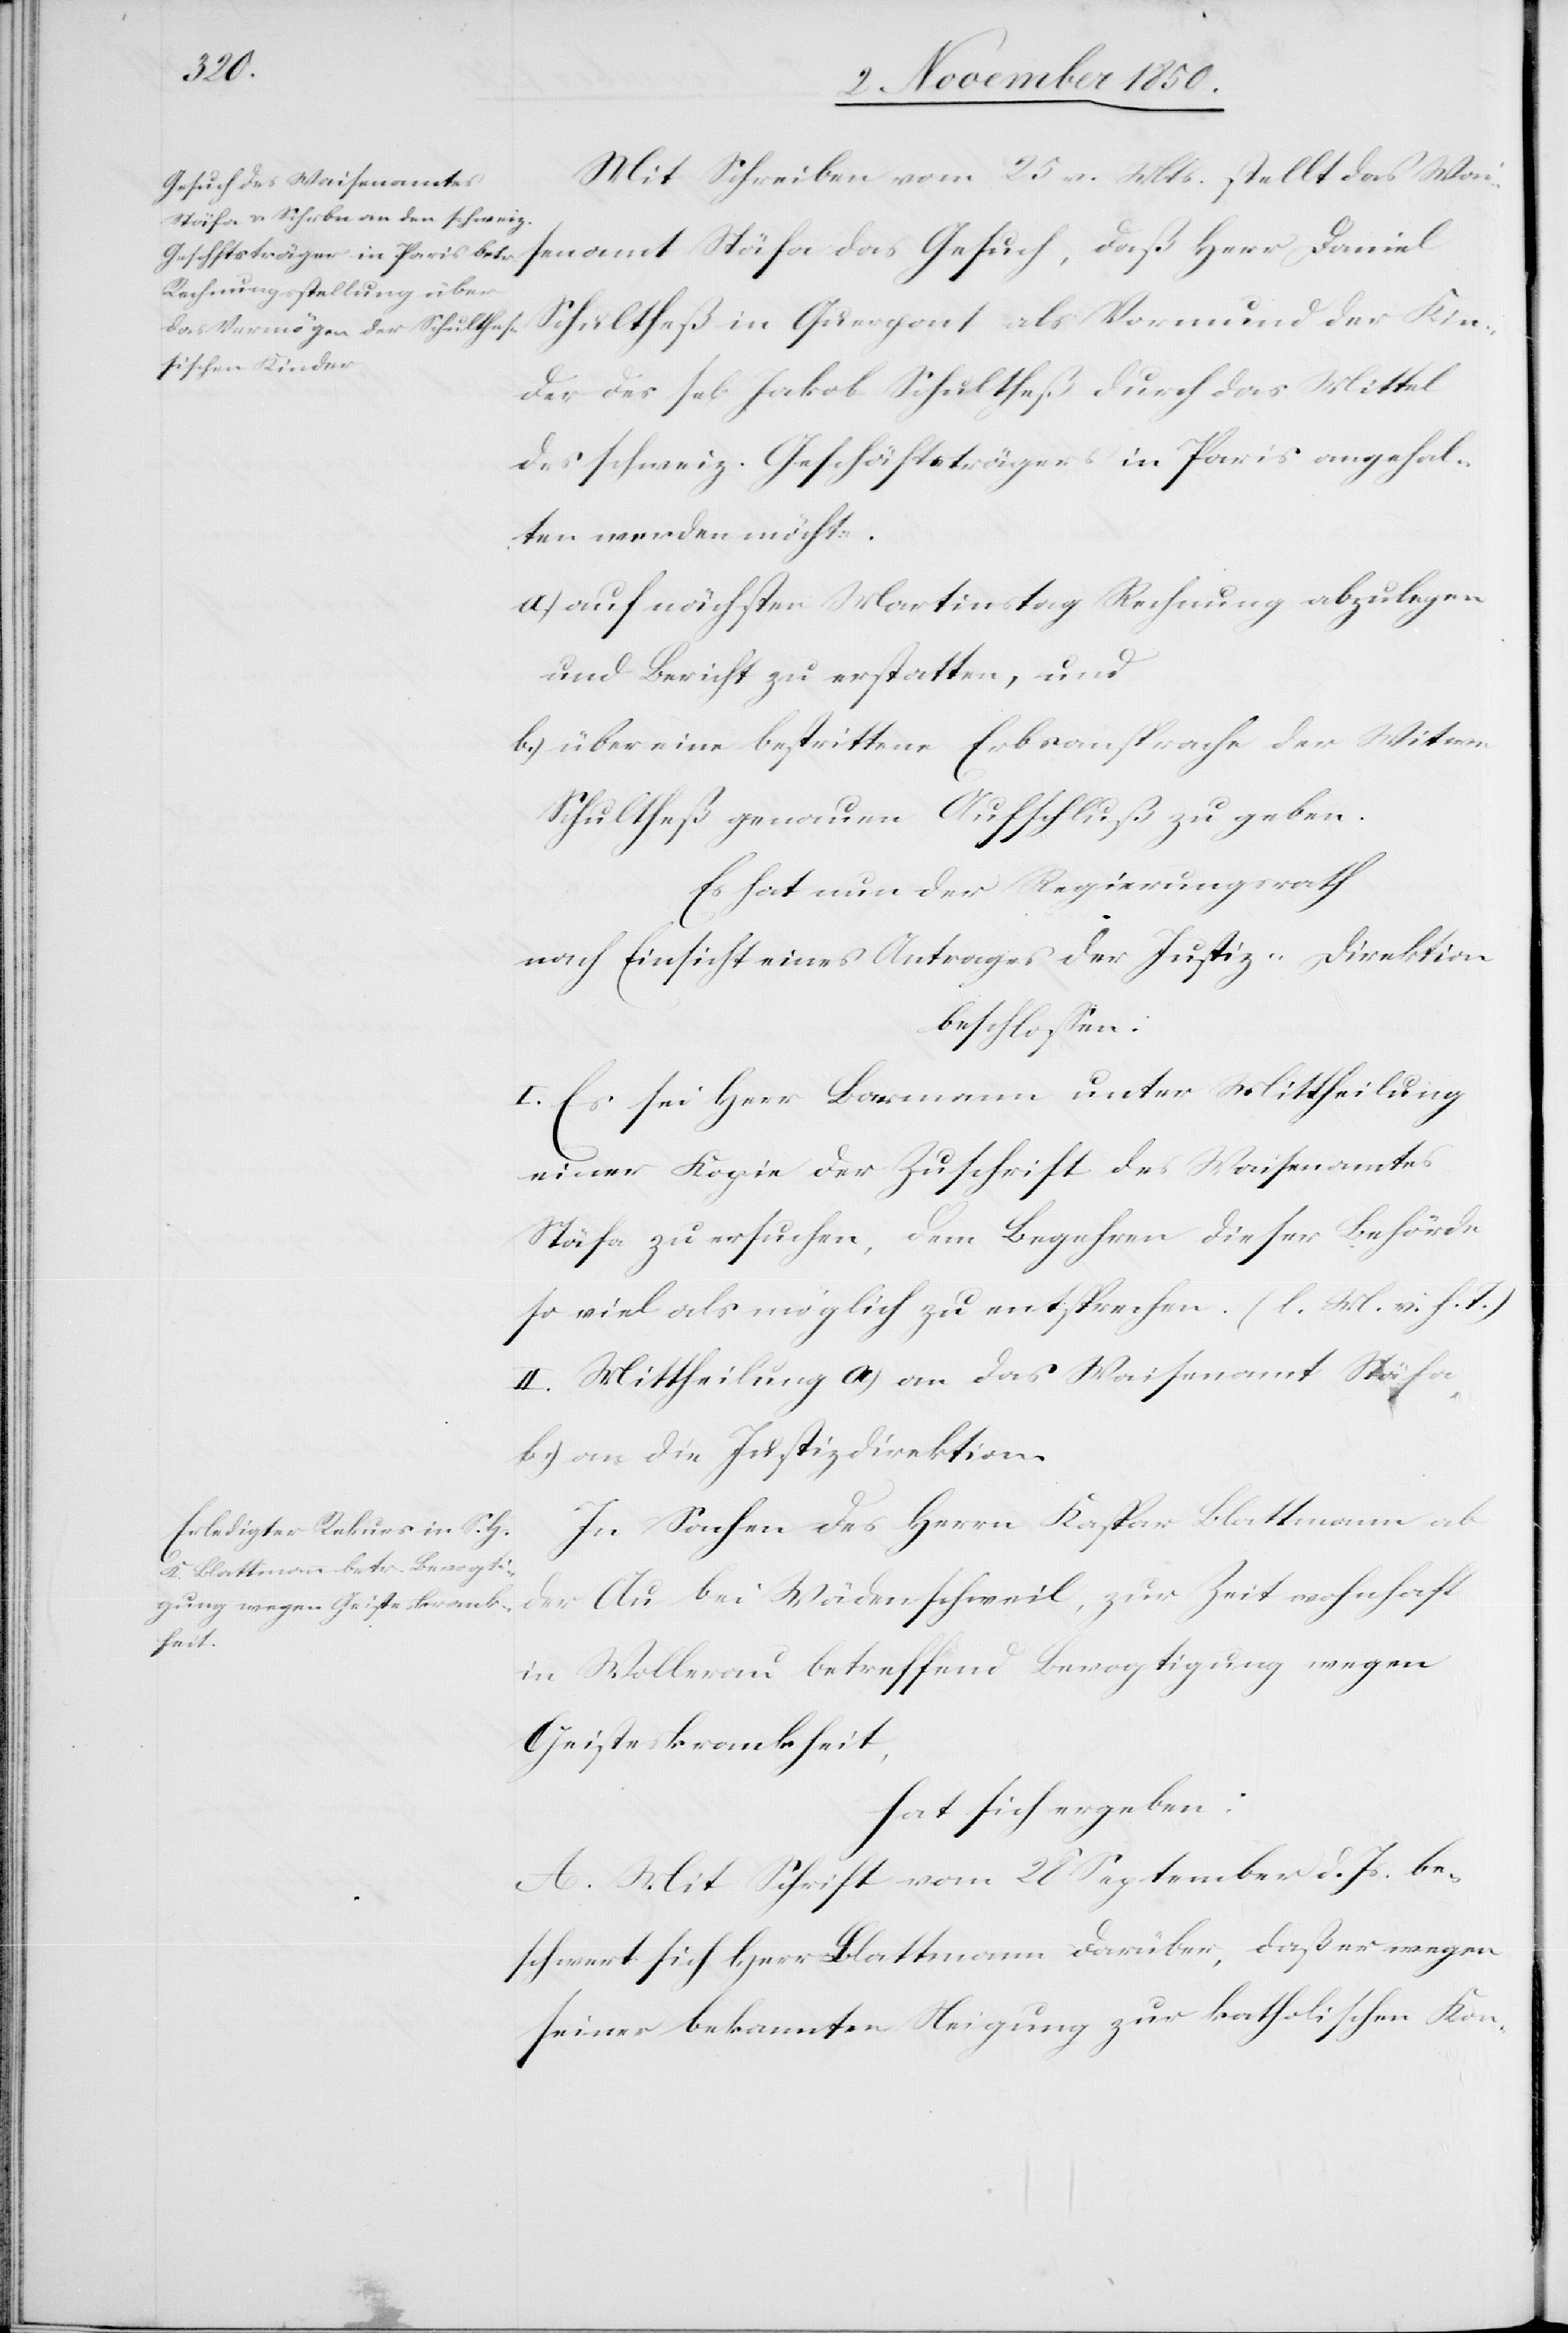
Mit Schreiben vom 25 v. Mts. stellt das Wai¬
senamt Stäfa das Gesuch, daß Herr Daniel
Schultheß in Querpont als Vormund der Kin¬
der des se[ligen] Jakob Schultheß durch das Mittel
des schweiz. Geschäftsträgers in Paris angehal¬
ten werden möchte.
a.) auf nächsten Martinstag Rechnung abzulegen
und Bericht zu erstatten, und
b.) über eine bestrittene Erbsansprache der Witwe
Schultheß genauen Aufschluß zu geben.
Es hat nun der Regierungsrath
nach Einsicht eines Antrages der Justiz-Direktion
beschlossen:
I. Es sei Herr Barmann unter Mittheilung
einer Kopie der Zuschrift des Waisenamtes
Stäfa zu ersuchen, dem Begehren dieser Behörde
so viel als möglich zu entsprechen. (l. M. v. h. T.)
II. Mittheilung a) an das Waisenamt Stäfa,
b.) an die Justizdirektion.
In Sachen des Herrn Kaspar Blattmann ab
der Au bei Wädenschweil, zur Zeit wohnhaft
in Wollerau betreffend Bevogtigung wegen
Geisteskrankheit,
hat sich ergeben:
A. Mit Schrift vom 28 September d. Js. be¬
schwert sich Herr Blattmann darüber, daß er wegen
seiner bekannten Neigung zur katholischen Kon-